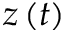
z \left( t \right)